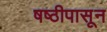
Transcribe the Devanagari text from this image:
षष्ठीपासून